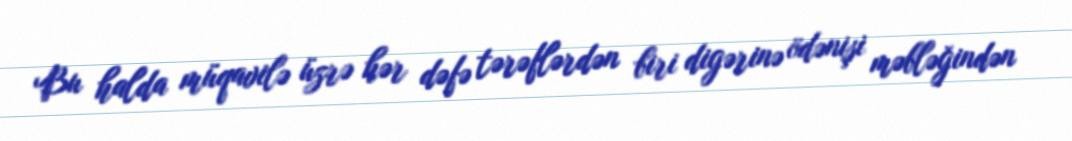
Bu halda müqavilə üzrə hər dəfə tərəflərdən biri digərinə ödənişi məbləğindən